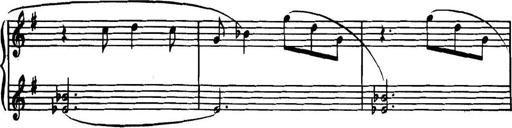
Title: Piano Sonatina in G minor
Composer: John Blackwood McEwen
Key: G minor